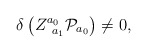
\begin{align*}\delta \left( Z_{\;\;a_{1}}^{a_{0}}{\cal P}_{a_{0}}\right) \neq 0,\end{align*}